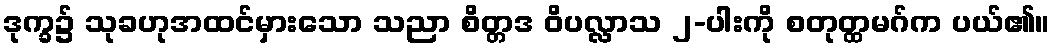
ဒုက္ခ၌ သုခဟုအထင်မှားသော သညာ စိတ္တဒ ဝိပလ္လာသ ၂-ပါးကို စတုတ္ထမဂ်က ပယ်၏။